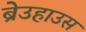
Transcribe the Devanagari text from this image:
ब्रेउहाउस